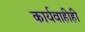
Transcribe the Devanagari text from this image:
कार्यवाहीही